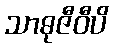
သာဓုဇီဝီပိ